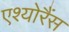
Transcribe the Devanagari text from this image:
एश्योरैंस